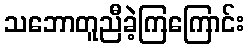
သဘောတူညီခဲ့ကြကြောင်း